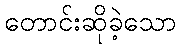
တောင်းဆိုခဲ့သော